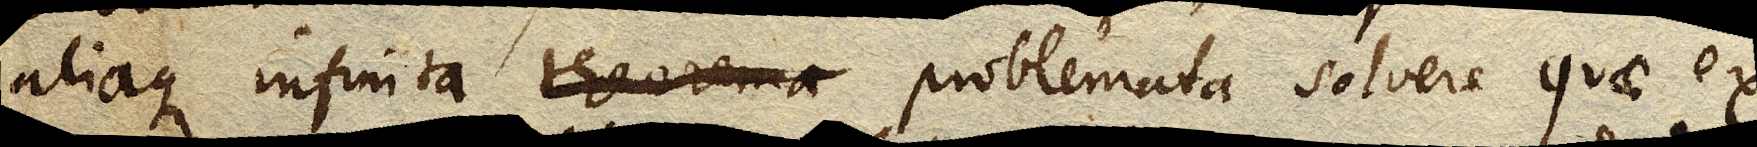
aliaque infinita theorema problemata solvere quae ex